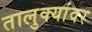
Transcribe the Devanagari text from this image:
तालुक्यांवर